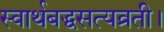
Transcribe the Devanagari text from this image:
स्वार्थबद्धसत्यव्रती।